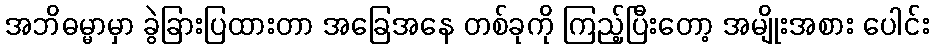
အဘိဓမ္မာမှာ ခွဲခြားပြထားတာ အခြေအနေ တစ်ခုကို ကြည့်ပြီးတော့ အမျိုးအစား ပေါင်း